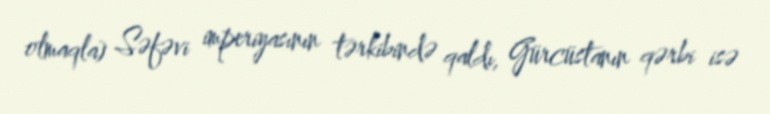
olmaqla) Səfəvi imperiyasının tərkibində qaldı, Gürcüstanın qərbi isə